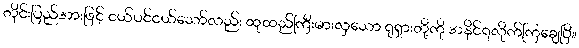
တိုင်းပြည်အားဖြင့် ငယ်ပင်ငယ်သော်လည်း ထုထည်ကြီးမားလှသော ရုရှားတို့ကို အနိုင်ရလိုက်ကြချေပြီ။